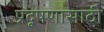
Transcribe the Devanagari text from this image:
प्रदूषणासाठी